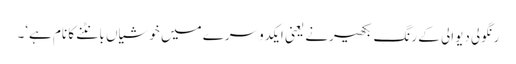
رنگولی دیوالی کے رنگ بکھیرنے یعنی ایکدوسرے میں خوشیاں بانٹنے کا نام ہے‘۔